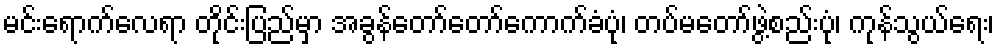
မင်းရောက်လေရာ တိုင်းပြည်မှာ အခွန်တော်တော်ကောက်ခံပုံ၊ တပ်မတော်ဖွဲ့စည်းပုံ၊ ကုန်သွယ်ရေး၊